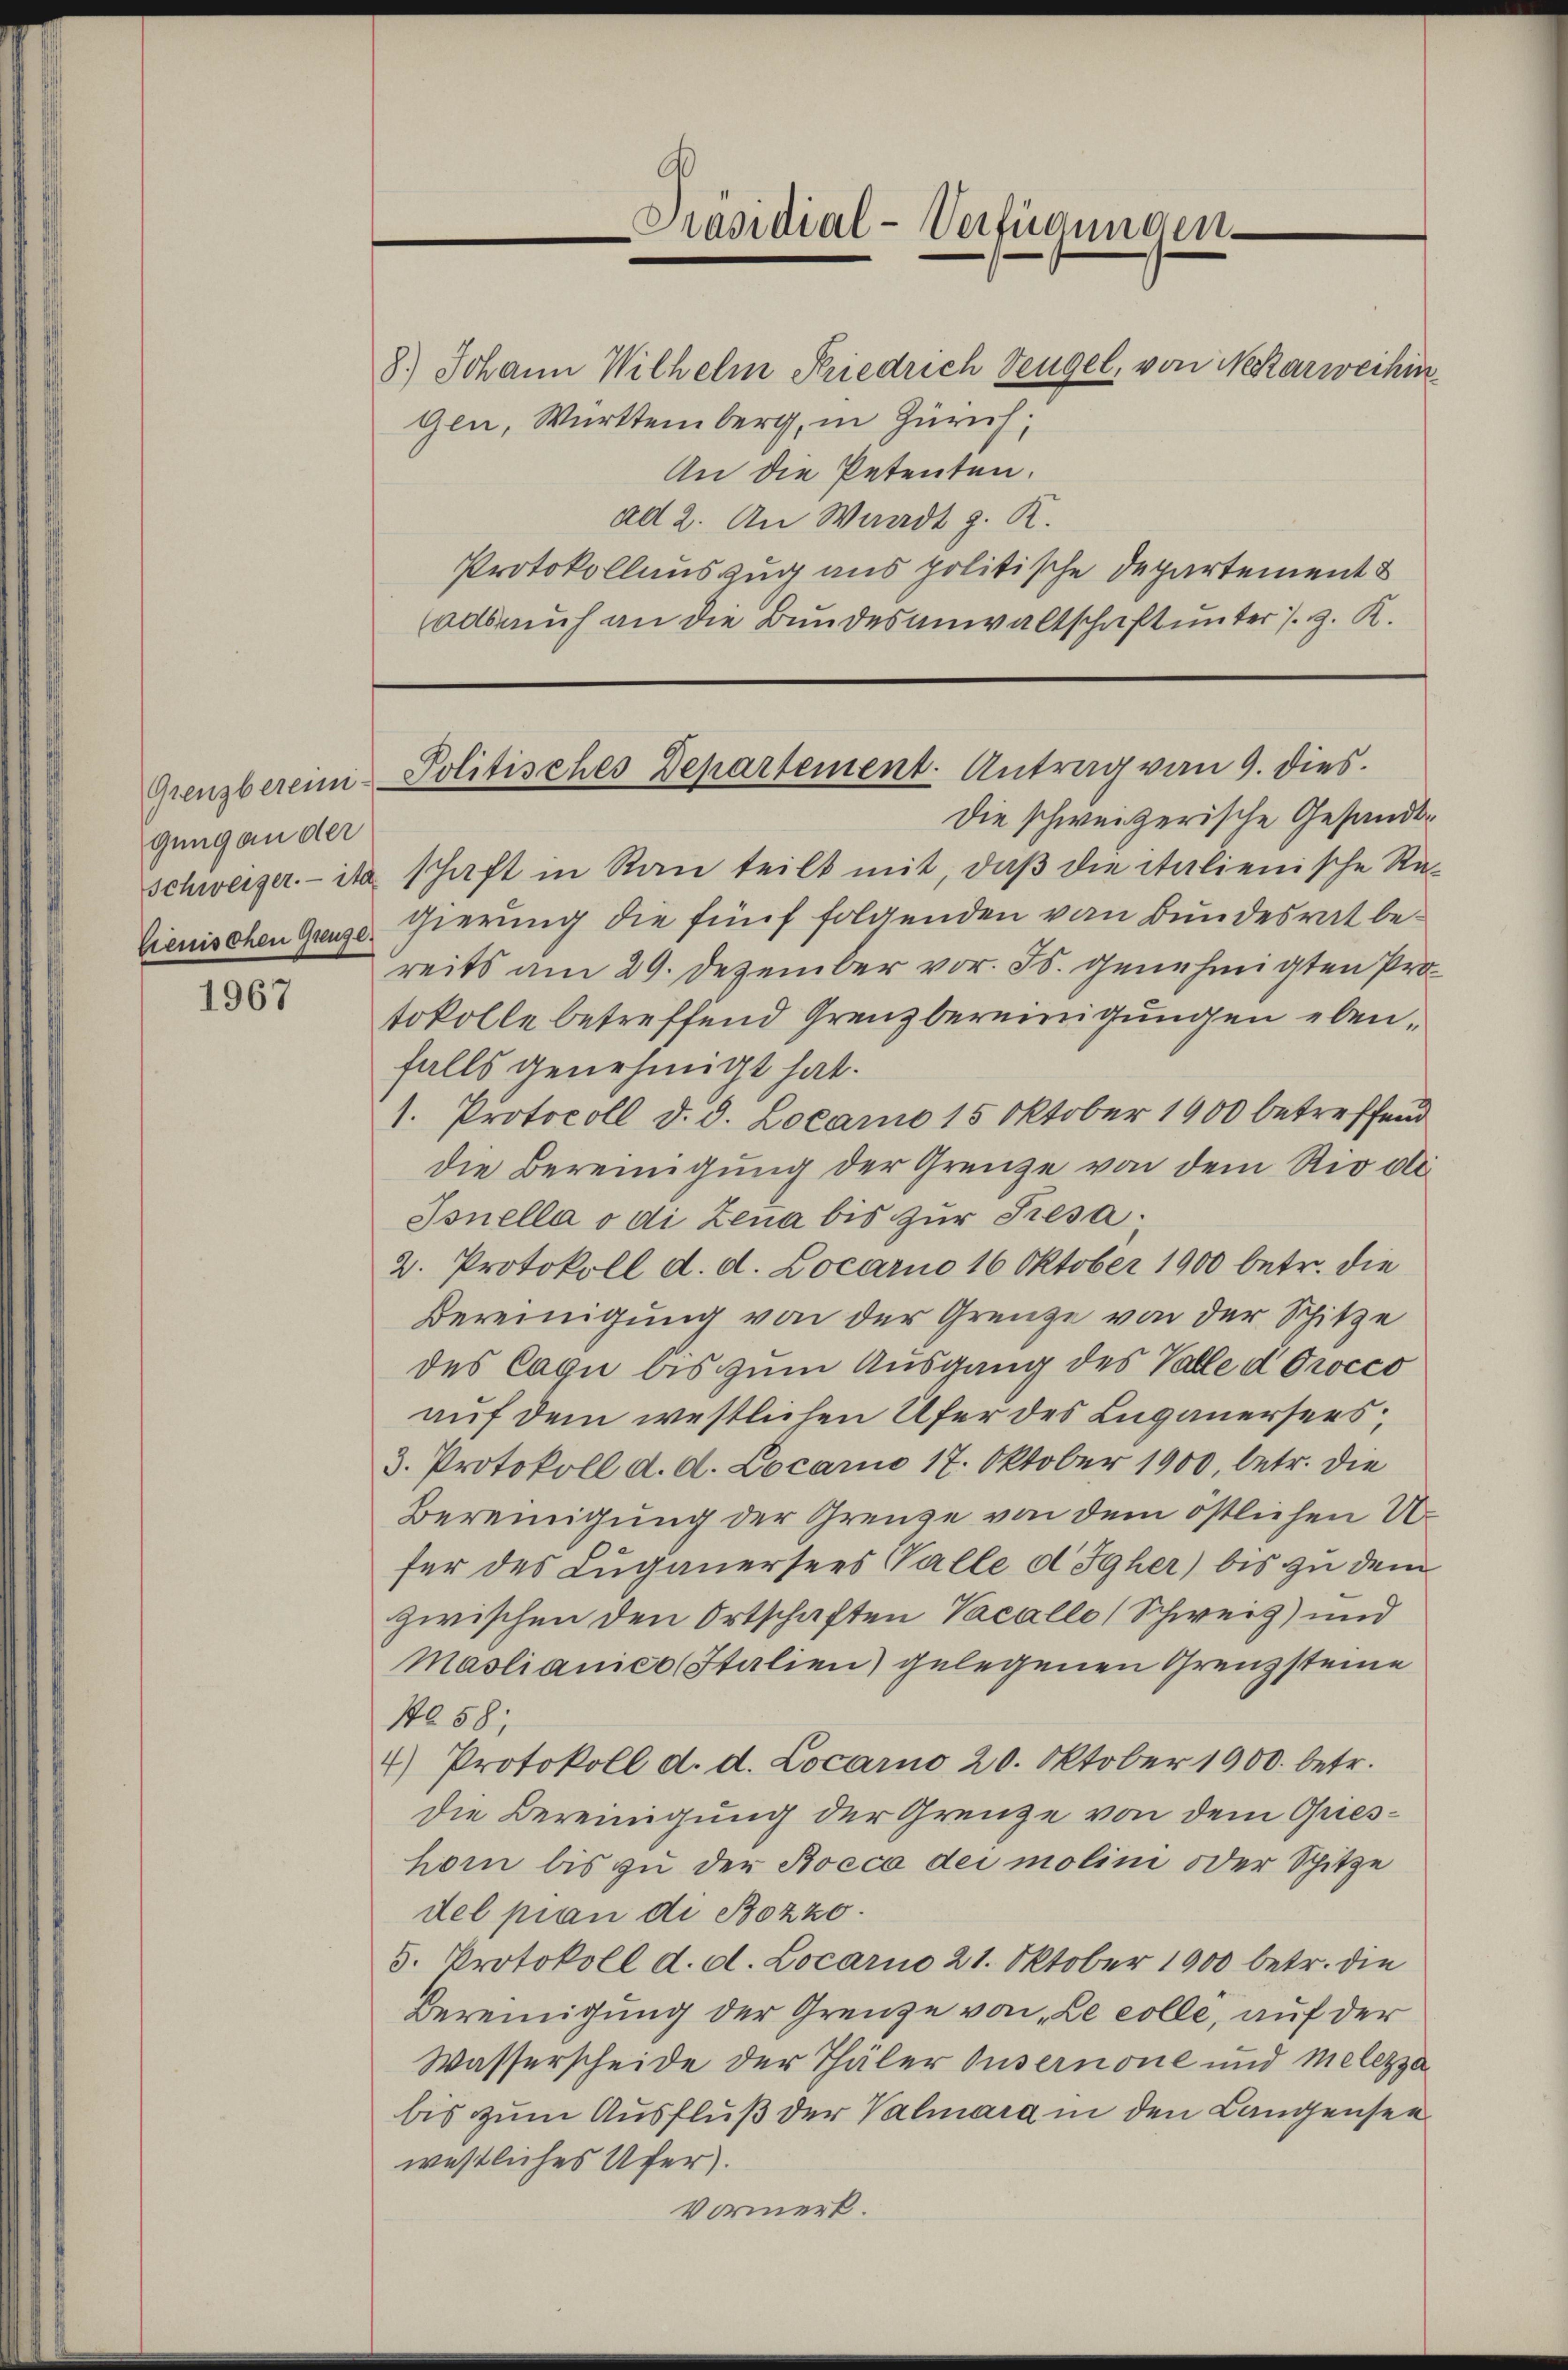
gung an der
lienischen Greuge

1967

8.) Johann Wilhelm Friedrich Dengel, von Nekarweihin
gen, Württemberg, in Zürich,
An die Petenten.
ad 2. An Waadt z. K.
Protokollauszug aus politische Departement &
adsmuh an die Bundesanwaltschaft unter s. z. K.

e
Präsidial-Verfügungen.

Die schweizerische Gesandt¬
Schweizer ita schaft in Rau teilt mit, daβ die italienische Re-
gierung die fünf folgenden von Bundesrat bereits am 29. Dezember vor. Js. genehmigten Protokolle betreffend Grenzbereinigungen ebenfalls genehmigt hat.
1. Protocoll d. d. Locamo 15 Oktober 1900 betreffend
die Bereinigung der Grenze von dem Rio di
Sonella o di Lena bis zur Presa.
2. Protokoll d. d. Locarno 16 Oktober 1900 betr. die
Bereinigung von der Grenze von der Schitze
des Cagu bis zum Ausgang des Valle d Orocco
auf dem westlichen Ufer des Luganersers;
3. Protokoll d. d. Locarno 17. Oktober 1900, betr. die
Bereinigung der Grenze von dem östlichen U
für des Luganersees Walle d Igher) bis zu dem
zwischen den Ortschaften Vacalle (Schweiz) und
Maslianico Italien) gelegenen Grenzsteine
No 58;
4) Protokoll d. d. Locarno 20. Oktober 1900. betr.
die Bereinigung der Grenze von dem Grieshor bis zu der Boeca dei molini oder Spitze
del pran di Bozzo.
5. Protokoll d. d. Locarno 21. Oktober 1900 betr. die
Bereinigung der Grenze von „Le colle, auf der
Wasserscheide der Thäler Ouvernone und Melezza
bis zum Ausfluß der Valmara in den Langensee
westliches Ufer).
Vormerk.

Grenzbereini Politisches Departement. Antrag vom 9. dies